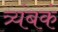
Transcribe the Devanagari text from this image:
त्र्यंबकं